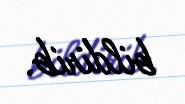
bildirib.